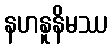
နဟနူနိမဿ